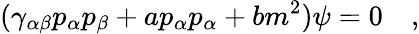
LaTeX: (\gamma_{\alpha\beta}p_{\alpha}p_{\beta}+ap_{\alpha}p_{\alpha}+bm^{2})\psi=0\quad,